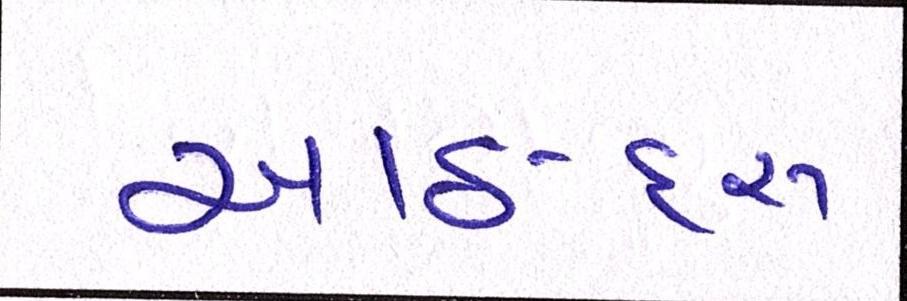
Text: આઠ-દસ